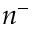
n ^ { - }